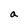
Character: a